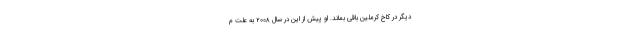
دیگر در کاخ کرملین باقی بماند. او پیش از این در سال ۲۰۰۸ به علت م